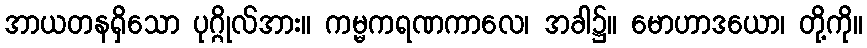
အာယတနရှိသော ပုဂ္ဂိုလ်အား။ ကမ္မကရဏကာလေ၊ အခါ၌။ မောဟာဒယော၊ တို့ကို။